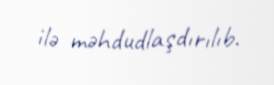
ilə məhdudlaşdırılıb.